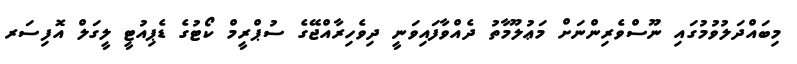
މިބައްދަލުވުމުގައި ނޫސްވެރިންނަށް މަޢުލޫމާތު ދެއްވާފައިވަނީ ދިވެހިރާއްޖޭގެ ސުޕްރީމް ކޯޓުގެ ޑެޕިއުޓީ ލީގަލް އޮފިސަރ